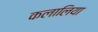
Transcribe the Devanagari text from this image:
कलालिया